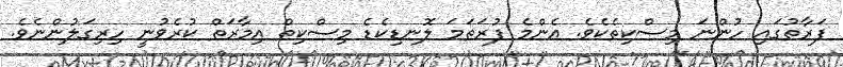
ފަރާތުގައި ހުންނަ މިސްކިތެކެވެ. އެންމެ ފުރަތަމަ ލޮނޑިކެޑެ މިސްކިތް އިމާރަތް ކުރެވުނީ ހިރިގަލުންނެވެ.